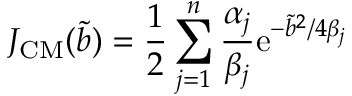
{ \cal J } _ { \mathrm { C M } } ( \tilde { b } ) = { \frac { 1 } { 2 } } \sum _ { j = 1 } ^ { n } { \frac { \alpha _ { j } } { \beta _ { j } } } \mathrm { e } ^ { - { \tilde { b } } ^ { 2 } / 4 \beta _ { j } } ~